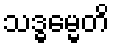
သဒ္ဓမ္မေတိ